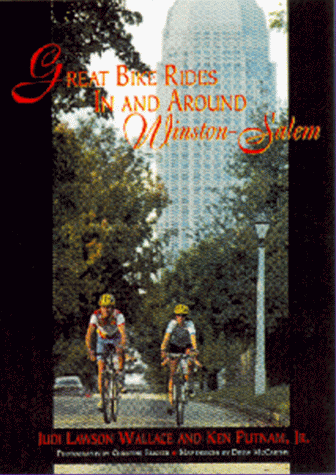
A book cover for Great Bike Rides in and Around Winston-Salem; Judi Lawson Wallace; Travel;